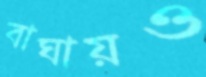
বাঘায়ও